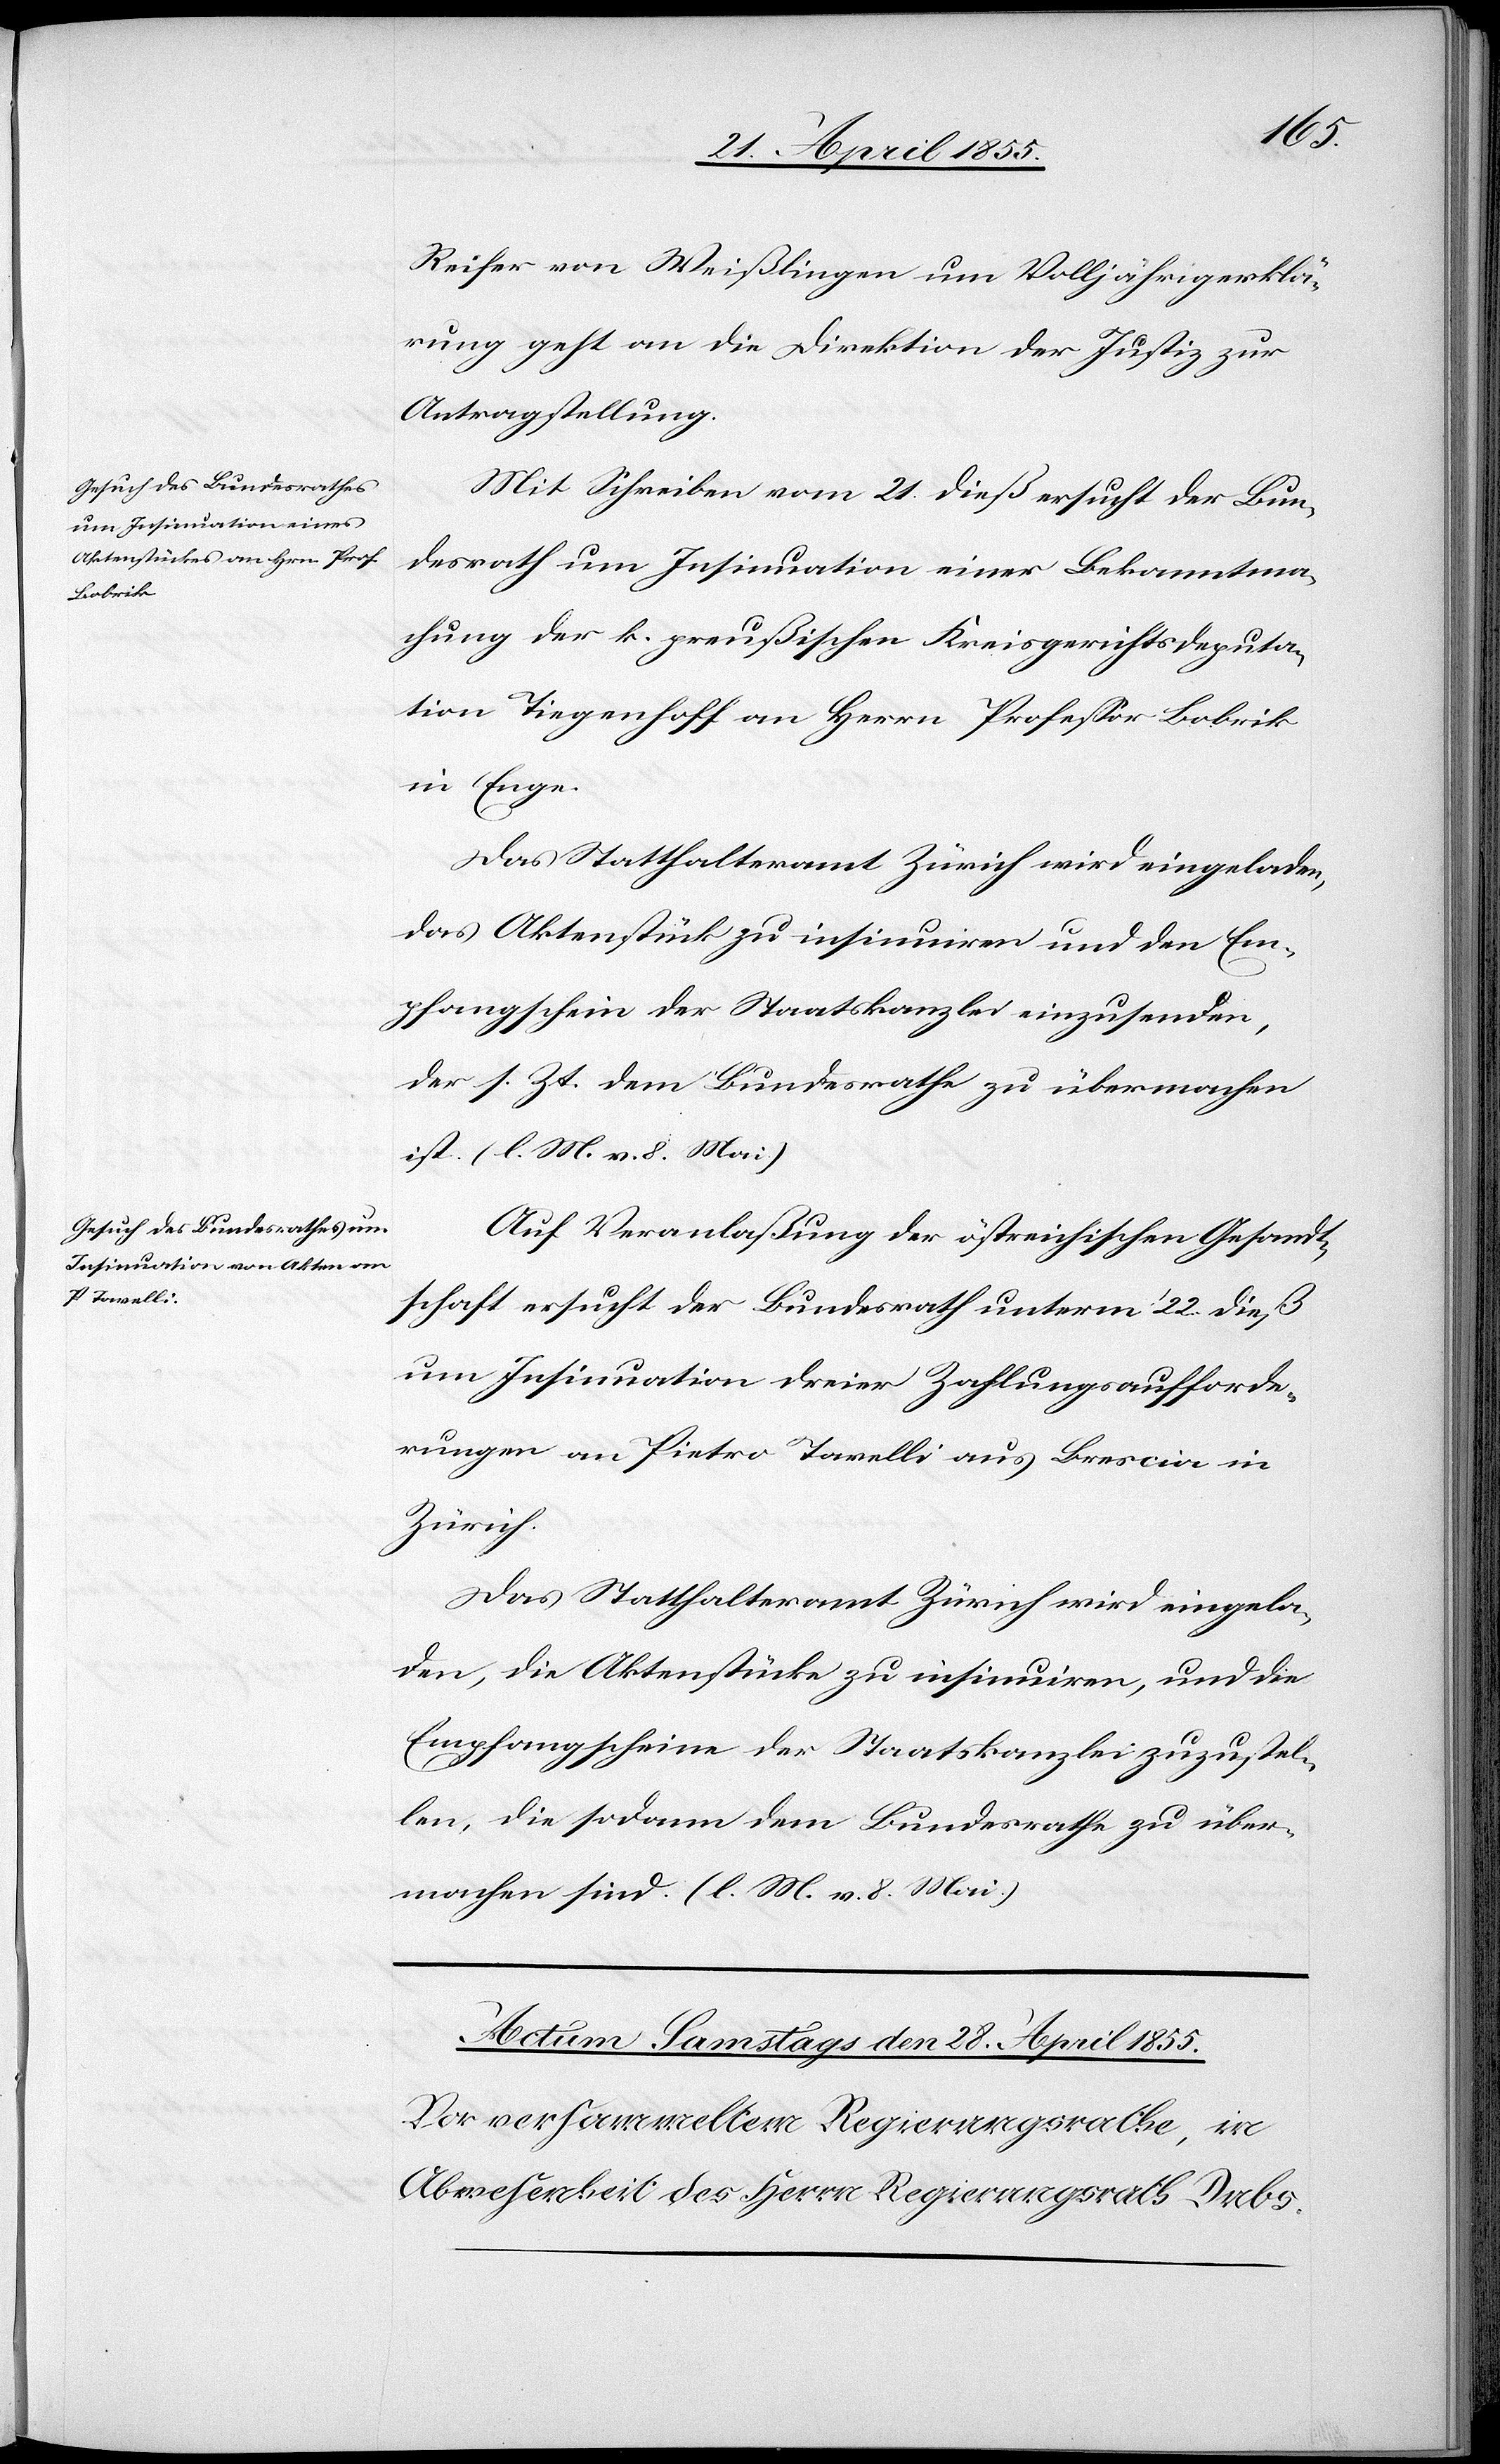
26. April 1855.]
Reifer von Weißlingen um Volljährigerklä¬
rung geht an die Direktion der Justiz zur
Antragstellung.
Mit Schreiben vom 21. dieß ersucht der Bun¬
desrath um Insinuation einer Bekanntma¬
chung der k. preußischen Kreisgerichtsdeputa¬
tion Tiegenhoff an Herrn Professor Bobrik
in Enge.
Das Statthalteramt Zürich wird eingeladen,
das Aktenstück zu insinuiren und den Em¬
pfangschein der Staatskanzlei einzusenden,
der s. Zt. dem Bundesrathe zu übermachen
ist. (l. M. v. 8. Mai)
Auf Veranlaßung der östreichischen Gesandt¬
schaft ersucht der Bundesrath unterm 22. dieß
um Insinuation dreier Zahlungsaufforde¬
rungen an Pietro Tavelli aus Brescia in
Zürich.
Das Statthalteramt Zürich wird eingela¬
den, die Aktenstücke zu insinuiren, und die
Empfangscheine der Staatskanzlei zuzustel¬
len, die sodann dem Bundesrathe zu über¬
machen sind. (l. M. v. 8. Mai.)